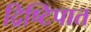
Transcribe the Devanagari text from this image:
द्रिष्टिपात